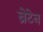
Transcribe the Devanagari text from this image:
ब्रेटेन